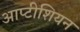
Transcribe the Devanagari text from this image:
आप्टीशियन